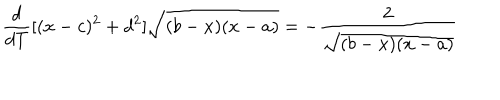
\frac { d } { d T } [ ( x - c ) ^ { 2 } + d ^ { 2 } ] \sqrt { ( b - x ) ( x - a ) } = - \frac { 2 } { \sqrt { ( b - x ) ( x - a ) } }